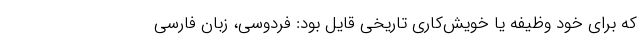
که برای خود وظیفه یا خویش‌کاریِ تاریخی قایل بود: فردوسی، زبان فارسی